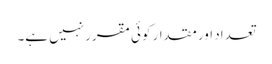
تعداد اور مقدار کوئی مقرر نہیں ہے۔